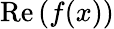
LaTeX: \operatorname{Re}{(f(x))}